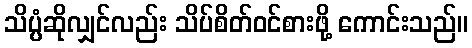
သိပ္ပံဆိုလျှင်လည်း သိပ်စိတ်ဝင်စားဖို့ ကောင်းသည်။